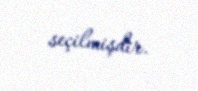
seçilmişdir.